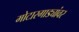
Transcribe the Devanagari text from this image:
मोटारगाड्यांवर